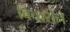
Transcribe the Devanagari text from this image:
बिचारीने